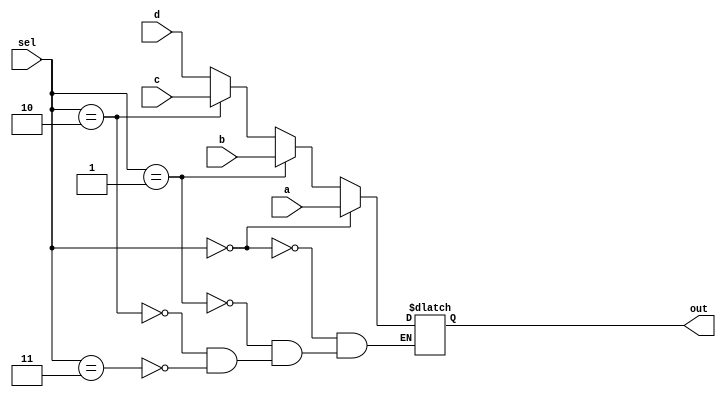
`timescale 1ns / 1ps
//////////////////////////////////////////////////////////////////////////////////
// Company: 
// Engineer: 
// 
// Design Name: 
// Module Name:    FourOneMux 
// Project Name: 
// Target Devices: 
// Tool versions: 
// Description: 
//
// Dependencies: 
//
// Revision: 
// Revision 0.01 - File Created
// Additional Comments: 
//
//////////////////////////////////////////////////////////////////////////////////
module FourOneMux(out, a, b, c, d, sel);
	
	parameter	word_size = 32;
	
	input			[word_size-1:0] a,b,c,d;
	input			[1:0] sel;
	
	output reg	[word_size-1:0] out;
	
	always @ (*)
		if (sel == 2'b00)
			out <= a;
		else if (sel == 2'b01)
			out <= b;
		else if (sel == 2'b10)
			out <= c;
		else if (sel == 2'b11)
			out <= d;

endmodule